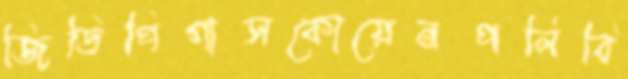
জিডিপিগাসকোয়েনপলিবি